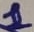
Text: 1